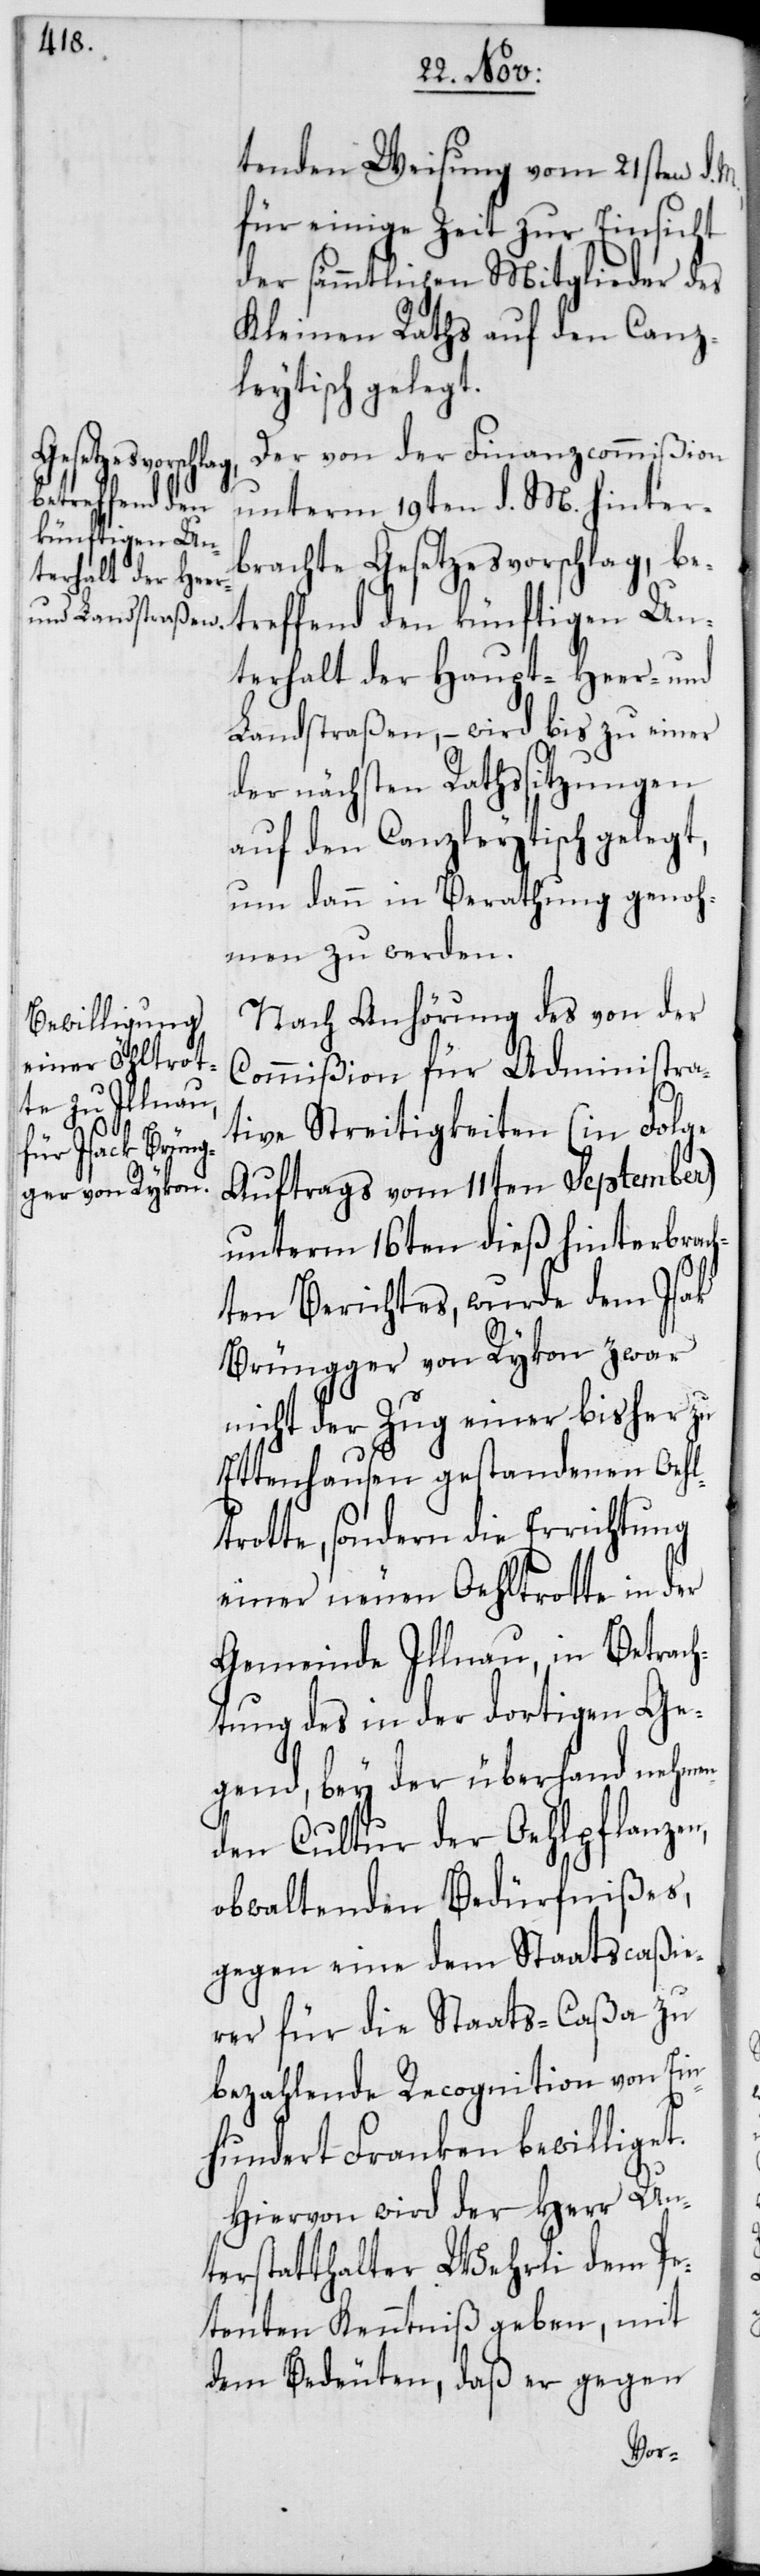
tenden Weisung vom 21sten d.
für einige Zeit zur Einsicht
der sämmtlichen Mitglieder des
Kleinen Raths auf den Canz¬
leytisch gelegt.
Der von der Finanzcommißion
unterm 19ten d. M. hinter¬
brachte Gesetzesvorschlag, be¬
treffend den künftigen Un¬
terhalt der Haupt-[,] Heer- und
Landstraßen, – wird bis zu einer
der nächsten Rathssitzungen
auf den Canzleytisch gelegt,
um dann in Berathung genoh¬
men zu werden.
Nach Anhörung des von der
Commißion für Administra¬
tive Streitigkeiten (in Folge
Auftrags vom 11ten September)
unterm 16ten dieß hinterbrac¬
hten Berichtes, wurde dem Isak
Brüngger von Rykon zwar
nicht der Zug einer bisher zu
Ettenhausen gestandenen Oehl¬
trotte, sondern die Errichtung
einer neuen Oehltrotte in der
Gemeinde Illnau, in Betrach¬
tung des in der dortigen Ge¬
gend, bey der überhand nehme¬
nden Cultur der Oehlpflanzen,
obwaltenden Bedürfnißes,
gegen eine dem Staatscaßie¬
rer für die Staats-Caßa zu
bezahlende Recognition von Ein¬
hundert Franken bewilliget.
Hiervon wird der Herr Un¬
terstatthalter Wehrli dem Pe¬
tenten Kenntniß geben, mit
dem Bedeuten, daß er gegen